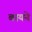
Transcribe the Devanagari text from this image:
बायने